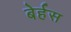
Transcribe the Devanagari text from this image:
बेर्हस